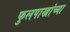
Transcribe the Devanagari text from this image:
फुलपाख्रांच्या